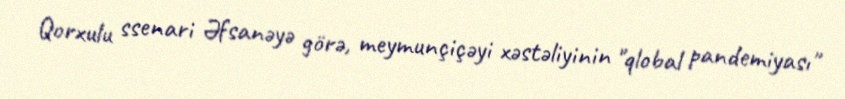
Qorxulu ssenari Əfsanəyə görə, meymunçiçəyi xəstəliyinin "qlobal pandemiyası"